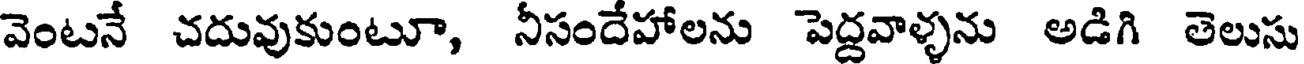
వెంటనే చదువుకుంటూ, నీసందేహాలను పెద్దవాళ్ళను అడిగి తెలుసు